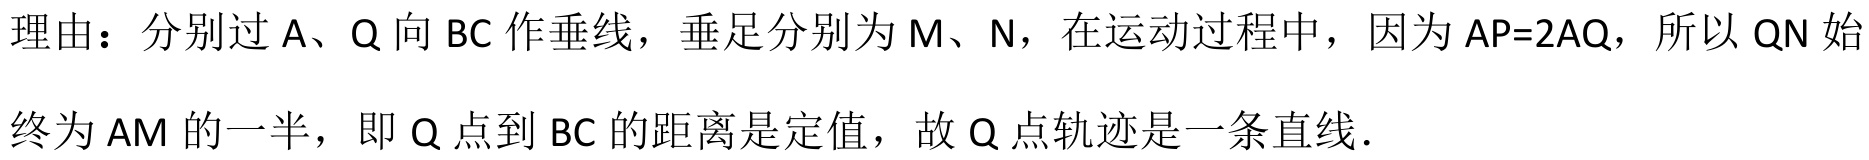
理由：分别过A、Q向BC作垂线，垂足分别为M、N，在运动过程中，因为AP = 2AQ，所以QN始终为AM的一半，即Q点到BC的距离是定值，故Q点轨迹是一条直线．